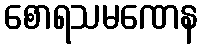
စောရသမဏေန